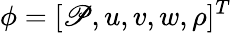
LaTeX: \phi=[\mathscr{P},u,v,w,\rho]^{T}